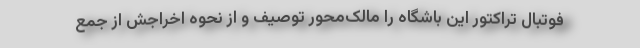
فوتبال تراکتور این باشگاه را مالک‌محور توصیف و از نحوه اخراجش از جمع